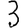
Digit: 3